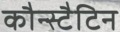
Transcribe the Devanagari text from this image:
कौन्स्टैटिन